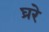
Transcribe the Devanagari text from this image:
घ्ररे